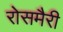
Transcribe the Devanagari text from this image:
रोसमैरी